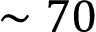
\sim 7 0